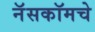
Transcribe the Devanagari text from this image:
नॅसकॉमचे